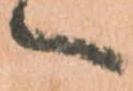
へ